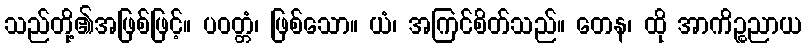
သည်တို့၏အဖြစ်ဖြင့်။ ပဝတ္တံ၊ ဖြစ်သော။ ယံ၊ အကြင်စိတ်သည်။ တေန၊ ထို အာကိဉ္စညာယ